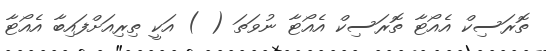
ތޮރަސިކް އެއޯޓާ ތޮރަސިކް އެއޯޓާ ނުވަތަ ( ) އަކީ ތިރިއަށްފައިބާ އެއޯޓާ